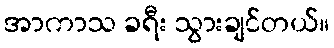
အာကာသ ခရီး သွားချင်တယ်။